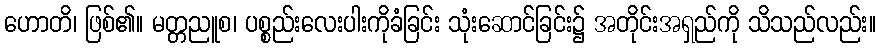
ဟောတိ၊ ဖြစ်၏။ မတ္တညူစ၊ ပစ္စည်းလေးပါးကိုခံခြင်း သုံးဆောင်ခြင်း၌ အတိုင်းအရှည်ကို သိသည်လည်း။